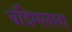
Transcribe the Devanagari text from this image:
चंदिमलला